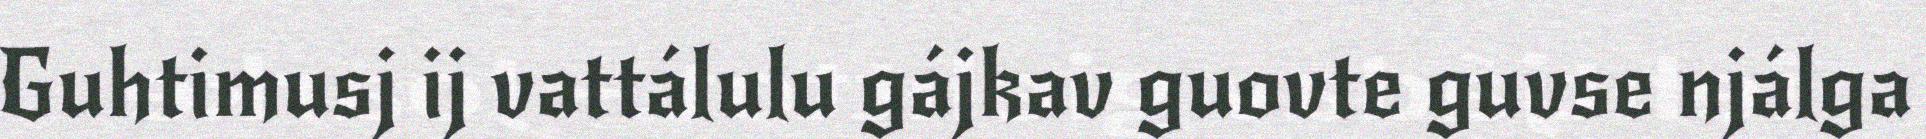
Guhtimusj ij vattálulu gájkav guovte guvse njálga